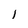
Character: 1